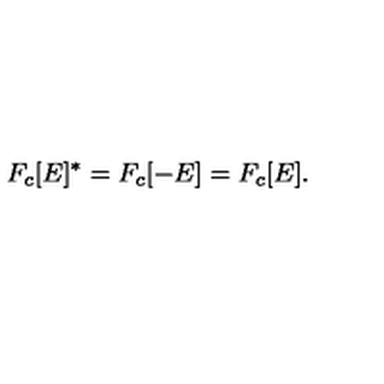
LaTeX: F _ { c } [ E ] ^ { * } = F _ { c } [ - E ] = F _ { c } [ E ] .